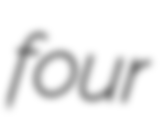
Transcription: four